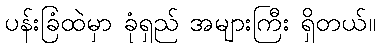
ပန်းခြံထဲမှာ ခုံရှည် အများကြီး ရှိတယ်။